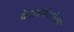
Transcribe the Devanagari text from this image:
वेताळपंचविशी